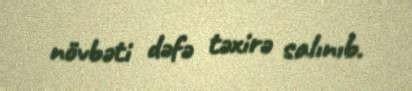
növbəti dəfə təxirə salınıb.